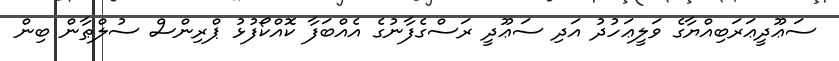
ސަޢޫދީޢަރަބިއްޔާގެ ވަލީޢަހުދު އަދި ސަޢޫދީ ރަސްގެފާނުގެ އެއްބަފާ ކޮއްކޯފުޅު ޕްރިންސް ސުލްޠާން ބިން